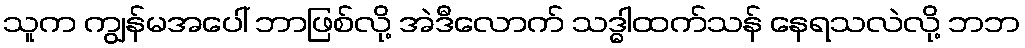
သူက ကျွန်မအပေါ် ဘာဖြစ်လို့ အဲဒီလောက် သဒ္ဓါထက်သန် နေရသလဲလို့ ဘဘ